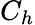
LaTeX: C_{h}